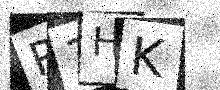
Text: R1HK